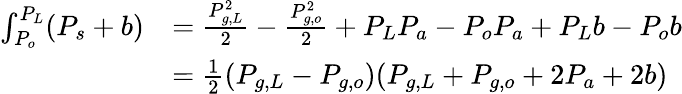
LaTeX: \begin{array}{rl}{\int_{P_{o}}^{P_{L}}(P_{s}+b)}&{=\frac{P_{g,L}^{2}}{2}-\frac{P_{g,o}^{2}}{2}+P_{L}P_{a}-P_{o}P_{a}+P_{L}b-P_{o}b}\\ &{=\frac{1}{2}(P_{g,L}-P_{g,o})(P_{g,L}+P_{g,o}+2P_{a}+2b)}\end{array}